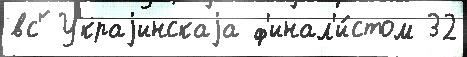
вс'́ Украjинскаjа ф'инал'и́стом 32